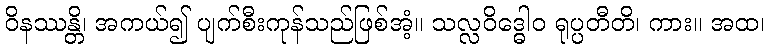
ဝိနဿန္တိ၊ အကယ်၍ ပျက်စီးကုန်သည်ဖြစ်အံ့။ သလ္လဝိဒ္ဓေါဝ ရုပ္ပတီတိ၊ ကား။ အထ၊